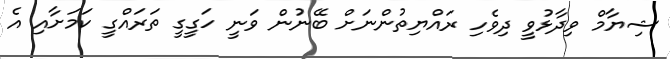
ޝިޔާމް ވިދާޅުވީ ދިވެހި ރައްޔިތުންނަށް ބޭނުން ވަނީ ހަގީގީ ތަރައްގީ ކަމަށާއި އެ